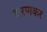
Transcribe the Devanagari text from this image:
वरणकर